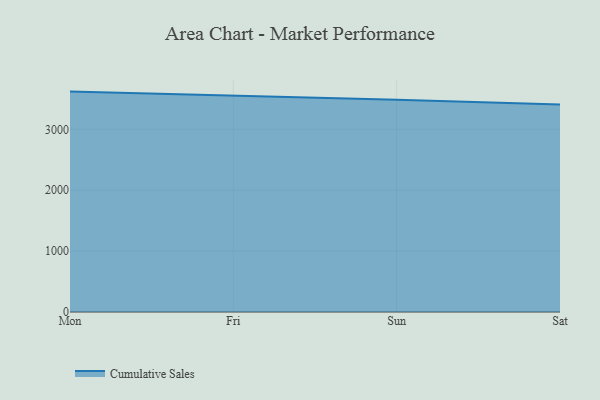
{"axis": {"x": "Day", "y": "Revenue (USD Million)"}, "legend": ["Cumulative Sales"], "data": [{"x": "Mon", "y": 3621.2, "type": "Cumulative Sales"}, {"x": "Fri", "y": 3557.7, "type": "Cumulative Sales"}, {"x": "Sun", "y": 3486.0, "type": "Cumulative Sales"}, {"x": "Sat", "y": 3407.5, "type": "Cumulative Sales"}]}